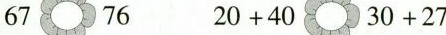
67 76 20+40 30+27